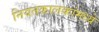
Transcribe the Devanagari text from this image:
नियतकालकांमध्ये